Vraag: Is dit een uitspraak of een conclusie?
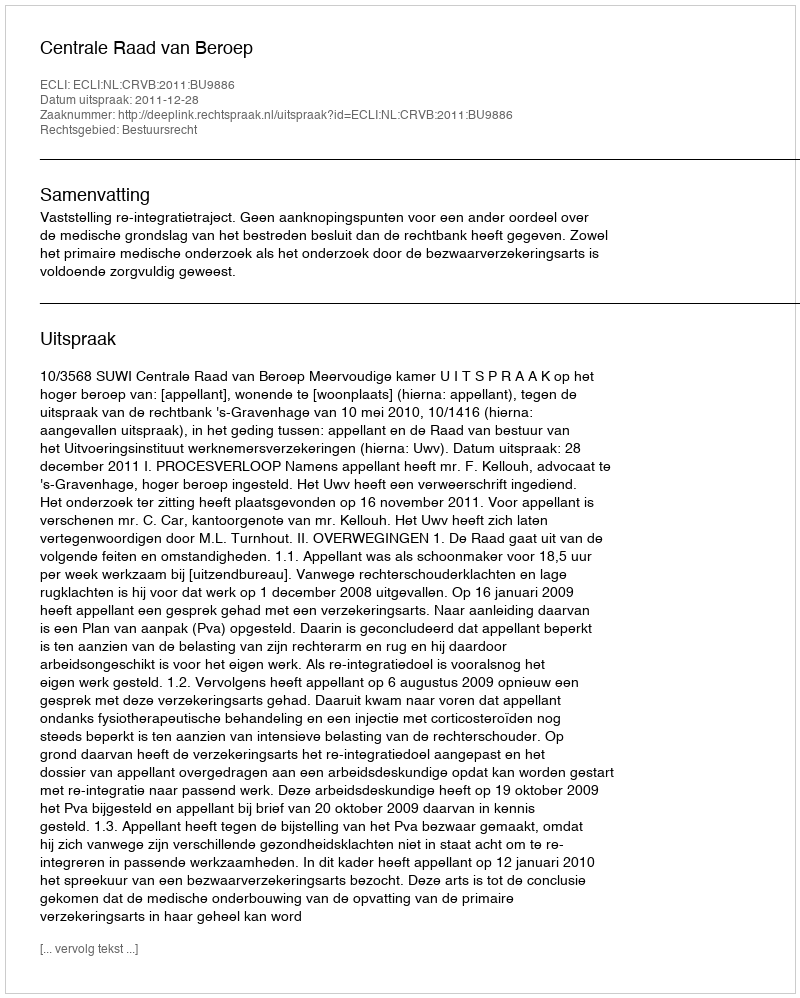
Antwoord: Uitspraak